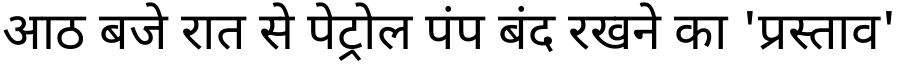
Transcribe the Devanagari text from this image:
आठ बजे रात से पेट्रोल पंप बंद रखने का 'प्रस्ताव'